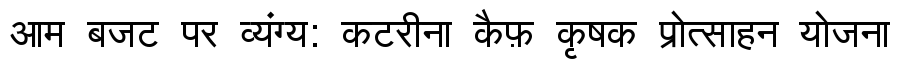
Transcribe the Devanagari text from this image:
आम बजट पर व्यंग्य: कटरीना कैफ़ कृषक प्रोत्साहन योजना